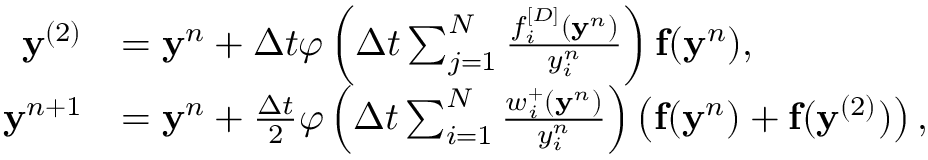
\begin{array} { r l } { \mathbf y ^ { ( 2 ) } } & { = \mathbf y ^ { n } + \Delta t \varphi \left( \Delta t \sum _ { j = 1 } ^ { N } \frac { f _ { i } ^ { [ D ] } ( \mathbf y ^ { n } ) } { y _ { i } ^ { n } } \right) \mathbf f ( \mathbf y ^ { n } ) , } \\ { \mathbf y ^ { n + 1 } } & { = \mathbf { y } ^ { n } + \frac { \Delta t } { 2 } \varphi \left( \Delta t \sum _ { i = 1 } ^ { N } \frac { w _ { i } ^ { + } ( \mathbf y ^ { n } ) } { y _ { i } ^ { n } } \right) \left( \mathbf { f } ( \mathbf y ^ { n } ) + \mathbf f ( \mathbf y ^ { ( 2 ) } ) \right) , } \end{array}